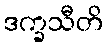
ဒက္ခသီတိ